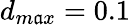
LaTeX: d_{m\mathfrak{a}x}=0.1